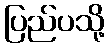
ပြည်ပသို့